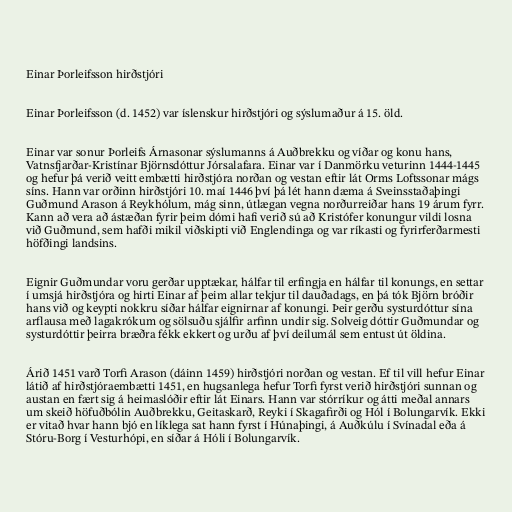
Einar Þorleifsson hirðstjóri

Einar Þorleifsson (d. 1452) var íslenskur hirðstjóri og sýslumaður á 15. öld.

Einar var sonur Þorleifs Árnasonar sýslumanns á Auðbrekku og víðar og konu hans,
Vatnsfjarðar-Kristínar Björnsdóttur Jórsalafara. Einar var í Danmörku veturinn 1444-1445
og hefur þá verið veitt embætti hirðstjóra norðan og vestan eftir lát Orms Loftssonar mágs
síns. Hann var orðinn hirðstjóri 10. maí 1446 því þá lét hann dæma á Sveinsstaðaþingi
Guðmund Arason á Reykhólum, mág sinn, útlægan vegna norðurreiðar hans 19 árum fyrr.
Kann að vera að ástæðan fyrir þeim dómi hafi verið sú að Kristófer konungur vildi losna
við Guðmund, sem hafði mikil viðskipti við Englendinga og var ríkasti og fyrirferðarmesti
höfðingi landsins.

Eignir Guðmundar voru gerðar upptækar, hálfar til erfingja en hálfar til konungs, en settar
í umsjá hirðstjóra og hirti Einar af þeim allar tekjur til dauðadags, en þá tók Björn bróðir
hans við og keypti nokkru síðar hálfar eignirnar af konungi. Þeir gerðu systurdóttur sína
arflausa með lagakrókum og sölsuðu sjálfir arfinn undir sig. Solveig dóttir Guðmundar og
systurdóttir þeirra bræðra fékk ekkert og urðu af því deilumál sem entust út öldina.

Árið 1451 varð Torfi Arason (dáinn 1459) hirðstjóri norðan og vestan. Ef til vill hefur Einar
látið af hirðstjóraembætti 1451, en hugsanlega hefur Torfi fyrst verið hirðstjóri sunnan og
austan en fært sig á heimaslóðir eftir lát Einars. Hann var stórríkur og átti meðal annars
um skeið höfuðbólin Auðbrekku, Geitaskarð, Reyki í Skagafirði og Hól í Bolungarvík. Ekki
er vitað hvar hann bjó en líklega sat hann fyrst í Húnaþingi, á Auðkúlu í Svínadal eða á
Stóru-Borg í Vesturhópi, en síðar á Hóli í Bolungarvík.